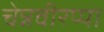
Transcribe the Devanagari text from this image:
चेन्नवीरप्पा